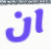
ان